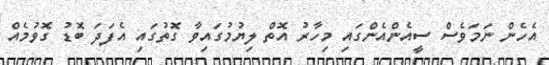
އެހެން ނަމަވެސް ސީއެންއެންގައި މިހާރު އޮތް ލިޔުމުގައިވާ ގޮތުގައި އެފަދަ ބޮޑު ގޮވުމެއް